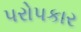
પરોપકાર